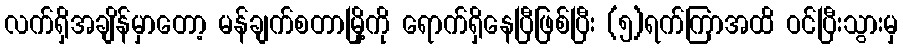
လက်ရှိအချိန်မှာတော့ မန်ချက်စတာမြို့ကို ရောက်ရှိနေပြီဖြစ်ပြီး (၅)ရက်ကြာအထိ ဝင်ပြီးသွားမှ